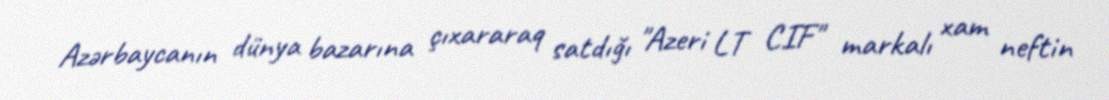
Azərbaycanın dünya bazarına çıxararaq satdığı "Azeri LT CIF" markalı xam neftin